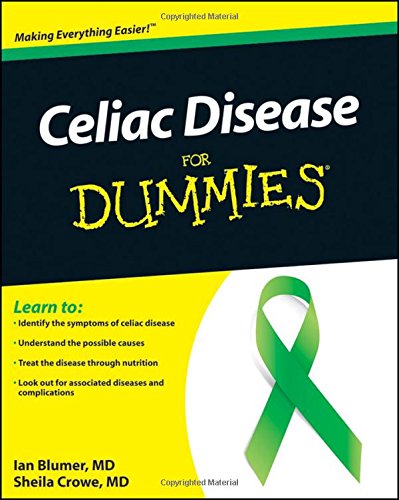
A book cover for Celiac Disease For Dummies; Ian Blumer; Health, Fitness & Dieting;